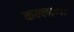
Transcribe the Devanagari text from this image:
कल्लाप्पा